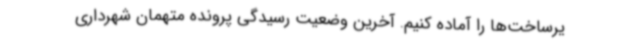
یرساخت‌ها را آماده کنیم. آخرین وضعیت رسیدگی پرونده متهمان شهرداری